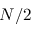
N / 2